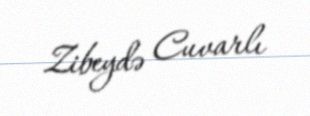
Zibeydə Cuvarlı